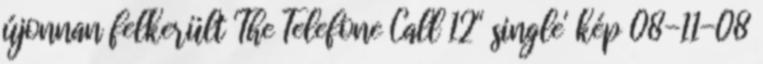
újonnan felkerült 'The Telefone Call 12" single' kép 08-11-08